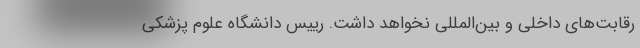
رقابت‌های داخلی و بین‌المللی نخواهد داشت. رییس دانشگاه علوم پزشکی